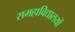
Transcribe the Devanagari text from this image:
समहाविद्यालयों